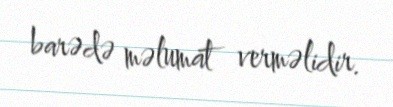
barədə məlumat verməlidir.